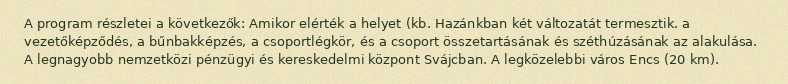
A program részletei a következők: Amikor elérték a helyet (kb. Hazánkban két változatát termesztik. a vezetőképződés, a bűnbakképzés, a csoportlégkör, és a csoport összetartásának és széthúzásának az alakulása. A legnagyobb nemzetközi pénzügyi és kereskedelmi központ Svájcban. A legközelebbi város Encs (20 km).